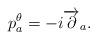
LaTeX: \begin{align*}p^{\theta}_a = -i\overrightarrow{\partial}_a.\end{align*}